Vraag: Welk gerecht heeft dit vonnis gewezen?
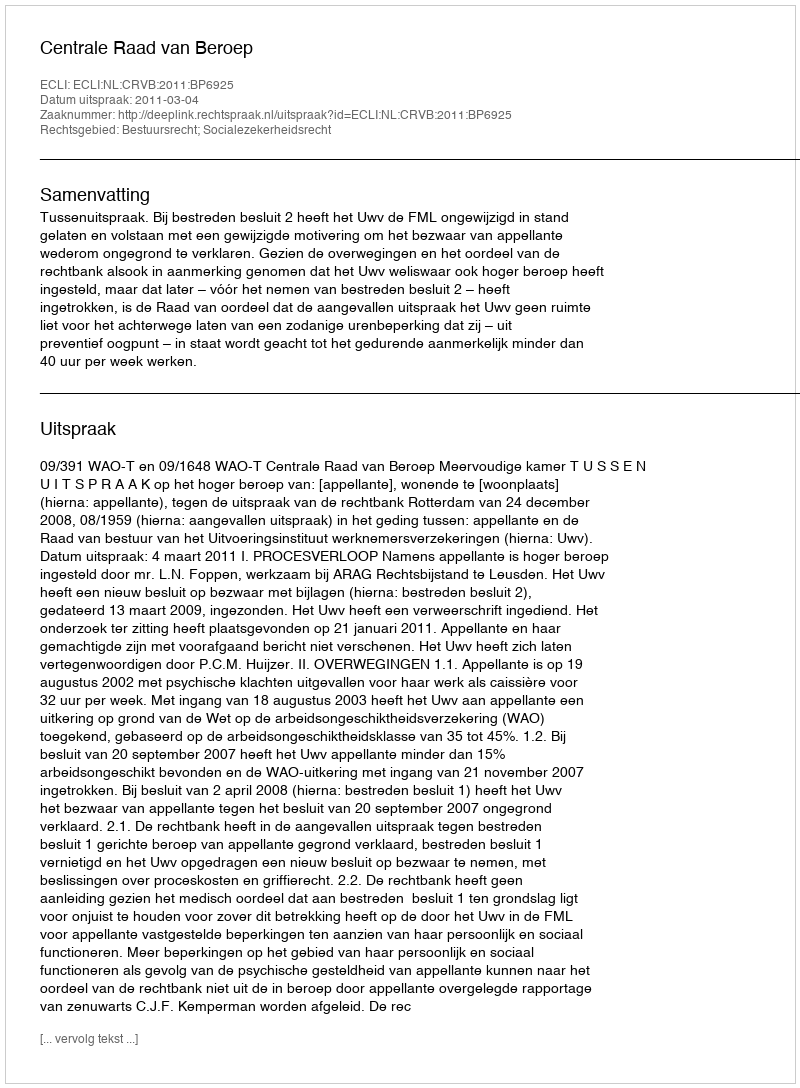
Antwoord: Centrale Raad van Beroep